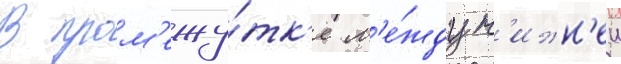
В пром'ежу́тк'е м'е́жду н'ижн'еи